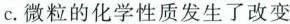
c.微粒的化学性质发生了改变